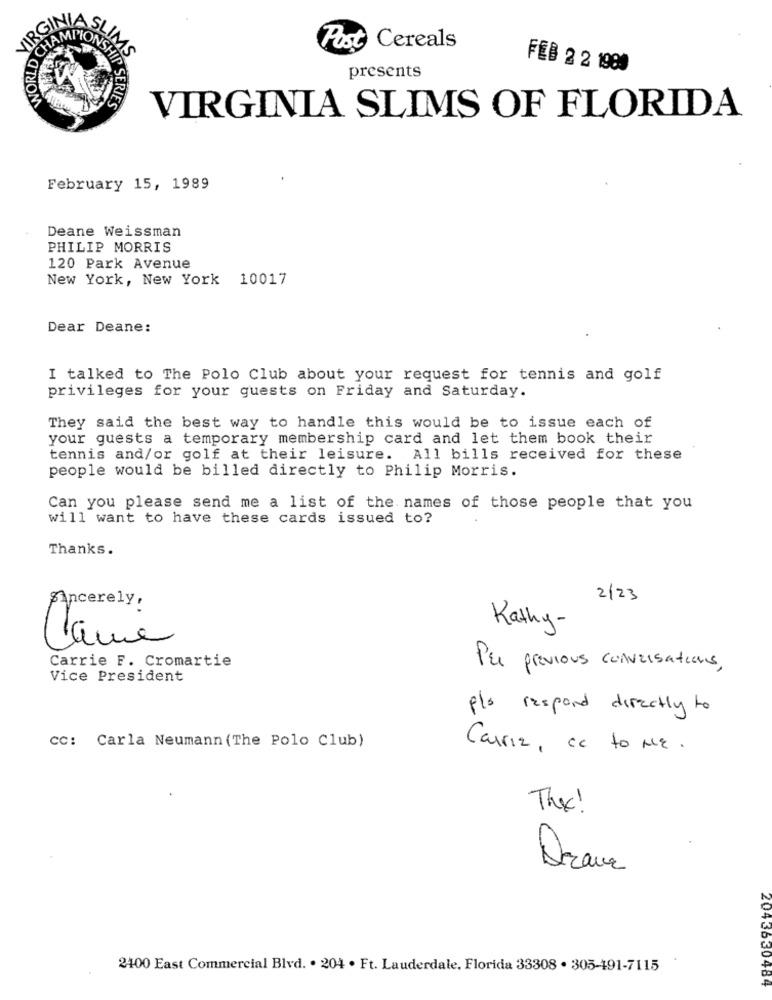
VIRGI
WORLD CHA
IMS
Post Cereals
FEB 2 2 1980
presents
HIP SERIES
VIRGINIA SLIMS OF FLORIDA
February 15, 1989
Deane Weissman
PHILIP MORRIS
120 Park Avenue
New York, New York 10017
Dear Deane:
I talked to The Polo Club about your request for tennis and golf
privileges for your guests on Friday and Saturday.
They said the best way to handle this would be to issue each of
your guests a temporary membership card and let them book their
tennis and/or golf at their leisure. All bills received for these
people would be billed directly to Philip Morris.
Can you please send me a list of the names of those people that you
will want to have these cards issued to?
Thanks.
2/23
Sincerely:
Kathy -
Canie
Carrie F. Cromartie
PEL previous conversations,
Vice President
plo respond directly to
CC: Carla Neumann (The Polo Club)
Carrie, cc to ME.
The !
Drave
2400 East Commercial Blvd. . 204 . Ft. Lauderdale, Florida 33308 . 305-191-7115
2043630484